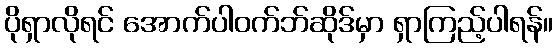
ပိုရှာလိုရင် အောက်ပါဝက်ဘ်ဆိုဒ်မှာ ရှာကြည့်ပါရန်။